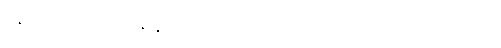
မိန့်တော်မူ၏။ ဘန္တေ နာဂသေန၊ နာဂသိန်ကိုယ်တော်အရှင်ဘုရား။ အပိ၊